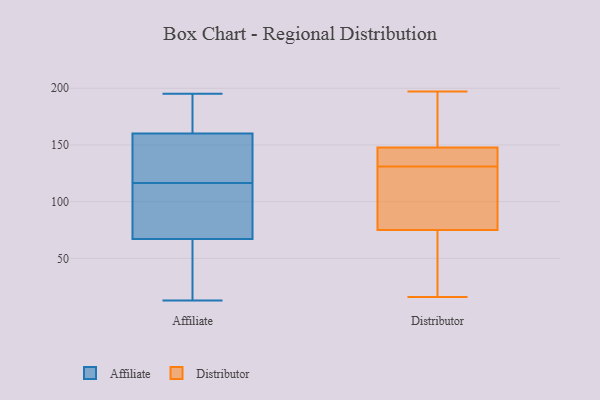
{"axis": {"x": "Demand Index", "y": "Value"}, "legend": ["Affiliate", "Distributor"], "data": [{"x": "", "y": 195, "type": "Affiliate"}, {"x": "", "y": 118, "type": "Affiliate"}, {"x": "", "y": 113, "type": "Affiliate"}, {"x": "", "y": 162, "type": "Affiliate"}, {"x": "", "y": 174, "type": "Affiliate"}, {"x": "", "y": 78, "type": "Affiliate"}, {"x": "", "y": 134, "type": "Affiliate"}, {"x": "", "y": 115, "type": "Affiliate"}, {"x": "", "y": 44, "type": "Affiliate"}, {"x": "", "y": 74, "type": "Affiliate"}, {"x": "", "y": 43, "type": "Affiliate"}, {"x": "", "y": 13, "type": "Affiliate"}, {"x": "", "y": 158, "type": "Affiliate"}, {"x": "", "y": 178, "type": "Affiliate"}, {"x": "", "y": 152, "type": "Affiliate"}, {"x": "", "y": 60, "type": "Affiliate"}, {"x": "", "y": 144, "type": "Distributor"}, {"x": "", "y": 96, "type": "Distributor"}, {"x": "", "y": 132, "type": "Distributor"}, {"x": "", "y": 68, "type": "Distributor"}, {"x": "", "y": 131, "type": "Distributor"}, {"x": "", "y": 16, "type": "Distributor"}, {"x": "", "y": 55, "type": "Distributor"}, {"x": "", "y": 178, "type": "Distributor"}, {"x": "", "y": 149, "type": "Distributor"}, {"x": "", "y": 105, "type": "Distributor"}, {"x": "", "y": 197, "type": "Distributor"}]}